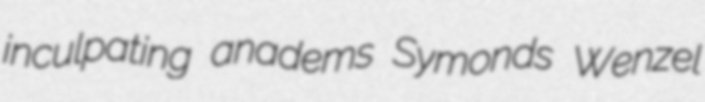
inculpating anadems Symonds Wenzel